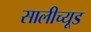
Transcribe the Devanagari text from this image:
सालीच्यूड